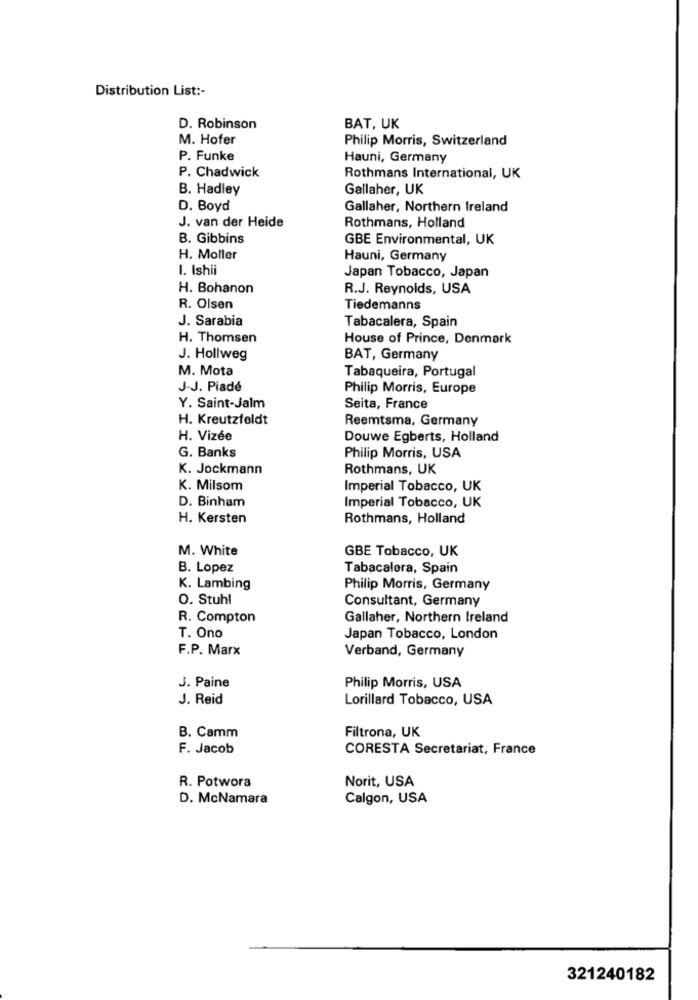
Distribution List :-
D. Robinson
BAT, UK
M. Hofer
Philip Morris, Switzerland
P. Funke
Hauni, Germany
P. Chadwick
Rothmans International, UK
B. Hadley
Gallaher, UK
D. Boyd
Gallaher, Northern Ireland
J. van der Heide
Rothmans, Holland
B. Gibbins
GBE Environmental, UK
H. Moller
Hauni, Germany
1. Ishii
Japan Tobacco, Japan
H. Bohanon
R.J. Reynolds, USA
R. Olsen
Tiedemanns
J. Sarabia
Tabacalera, Spain
H. Thomsen
House of Prince, Denmark
J. Hollweg
BAT, Germany
M. Mota
Tabaqueira, Portugal
J-J. Piadé
Philip Morris, Europe
Y. Saint-Jalm
Seita, France
H. Kreutzfeldt
Reemtsma, Germany
H. Vizée
Douwe Egberts, Holland
G. Banks
Philip Morris, USA
K. Jockmann
Rothmans, UK
K. Milsom
Imperial Tobacco, UK
D. Binham
Imperial Tobacco, UK
H. Kersten
Rothmans, Holland
M. White
GBE Tobacco, UK
B. Lopez
Tabacalera, Spain
K. Lambing
Philip Morris, Germany
O. Stuhl
Consultant, Germany
R. Compton
Gallaher, Northern Ireland
T. Ono
Japan Tobacco, London
F.P. Marx
Verband, Germany
J. Paine
Philip Morris, USA
J. Reid
Lorillard Tobacco, USA
Filtrona, UK
B. Camm
F. Jacob
CORESTA Secretariat, France
Norit, USA
R. Potwora
D. McNamara
Calgon, USA
321240182